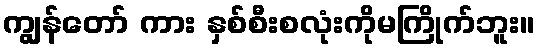
ကျွန်တော် ကား နှစ်စီးစလုံးကိုမကြိုက်ဘူး။